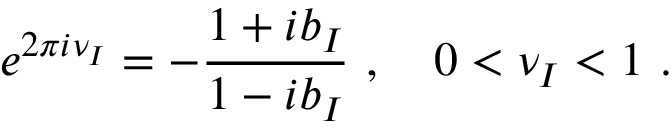
e ^ { 2 \pi i \nu _ { I } } = - \frac { 1 + i b _ { I } } { 1 - i b _ { I } } ~ , \quad 0 < \nu _ { I } < 1 ~ .